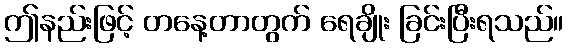
ဤနည်းဖြင့် တနေ့တာတွက် ရေချိုး ခြင်းပြီးရသည်။